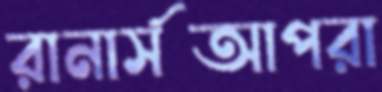
রানার্সআপরা